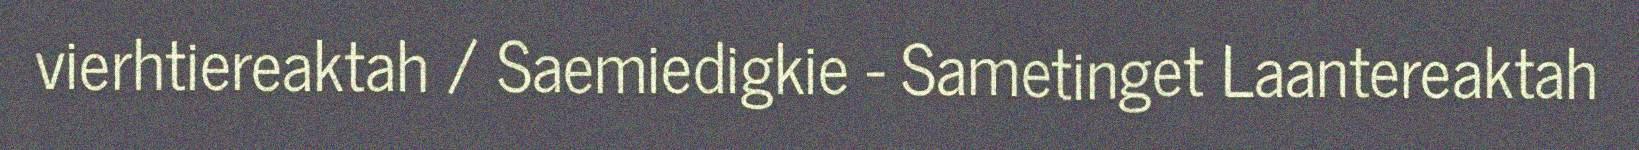
vierhtiereaktah / Saemiedigkie - Sametinget Laantereaktah